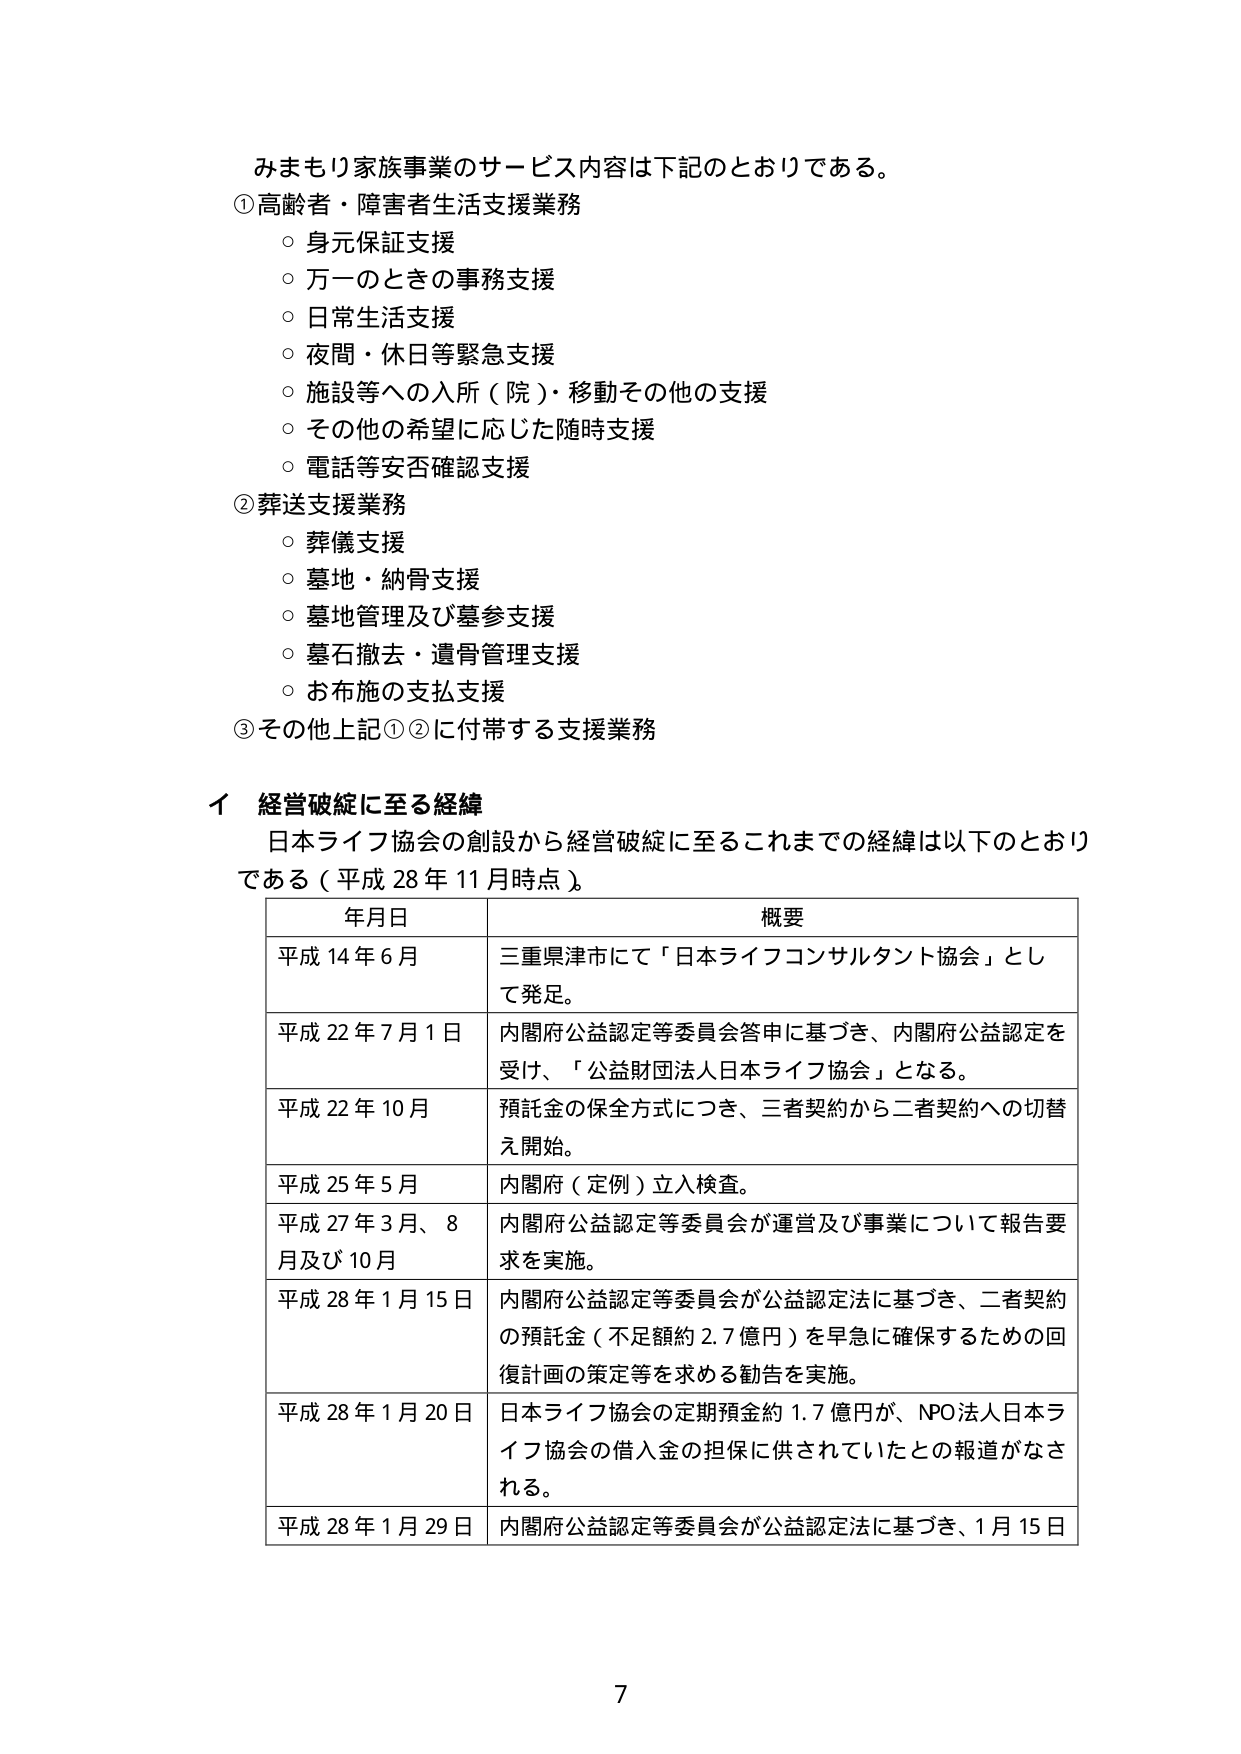
みまもり家族事業のサービス内容は下記のとおりである。

①高齢者・障害者生活支援業務
○ 身元保証支援
○ 万一のときの事務支援
○ 日常生活支援
○ 夜間・休日等緊急支援
○ 施設等への入所（院）・移動その他の支援
○ その他の希望に応じた随時支援
○ 電話等安否確認支援

②葬送支援業務
○ 葬儀支援
○ 墓地・納骨支援
○ 墓地管理及び墓参支援
○ 墓石撤去・遺骨管理支援
○ お布施の支払支援

③その他上記①②に付帯する支援業務

Ⅰ 経営破綻に至る経緯
日本ライフ協会の創設から経営破綻に至るこれまでの経緯は以下のとおりである（平成28年11月時点）。

年月日　　　　　　　　　　　　　概要
平成14年6月　　　　　　　　三重県津市にて「日本ライフコンサルタント協会」として発足。
平成22年7月1日　　　　　　内閣府公益認定等委員会答申に基づき、内閣府公益認定を受け、「公益財団法人日本ライフ協会」となる。
平成22年10月　　　　　　　預託金の保全方式につき、三者契約から二者契約への切替え開始。
平成25年5月　　　　　　　　内閣府（定例）立入検査。
平成27年3月、8月及び10月　内閣府公益認定等委員会が運営及び事業について報告要求を実施。
平成28年1月15日　　　　　内閣府公益認定等委員会が公益認定法に基づき、二者契約の預託金（不足額約2.7億円）を早急に確保するための回復計画の策定等を求める勧告を実施。
平成28年1月20日　　　　　日本ライフ協会の定期預金約1.7億円が、NPO法人日本ライフ協会の借入金の担保に供されていたとの報道がなされる。
平成28年1月29日　　　　　内閣府公益認定等委員会が公益認定法に基づき、1月15日

7